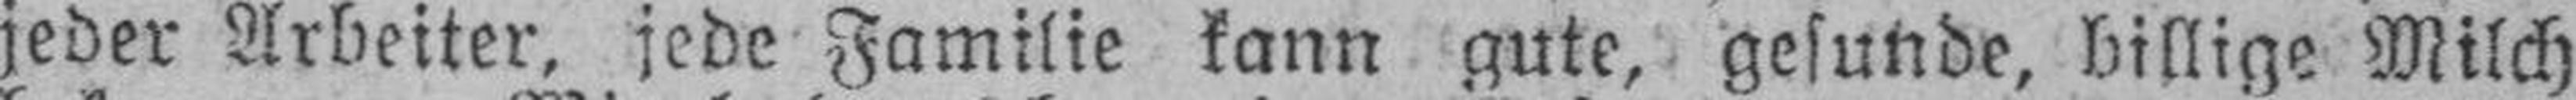
jeder Arbeiter, jede Familie kann gute, gesunde, billige Milch